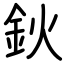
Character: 鈥